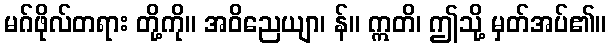
မဂ်ဖိုလ်တရား တို့ကို။ အဝိညေယျာ၊ န်။ ဣတိ၊ ဤသို့ မှတ်အပ်၏။